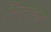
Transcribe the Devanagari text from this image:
फ़ैक्शन